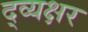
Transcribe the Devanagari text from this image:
द्व्यक्षर